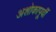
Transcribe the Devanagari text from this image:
अशोकापूर्वी